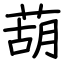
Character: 葫